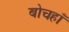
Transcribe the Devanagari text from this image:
बोचहाँ